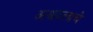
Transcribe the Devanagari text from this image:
अश्वदलाचे